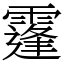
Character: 𩅛